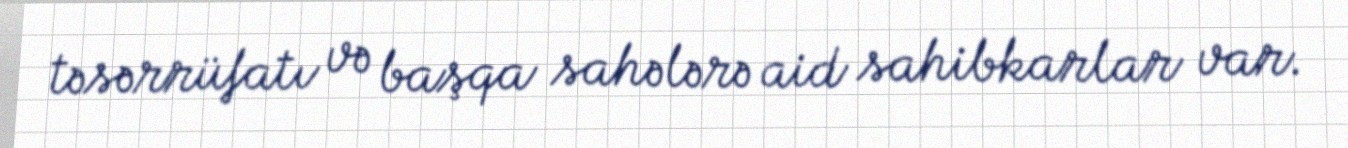
təsərrüfatı və başqa sahələrə aid sahibkarlar var.